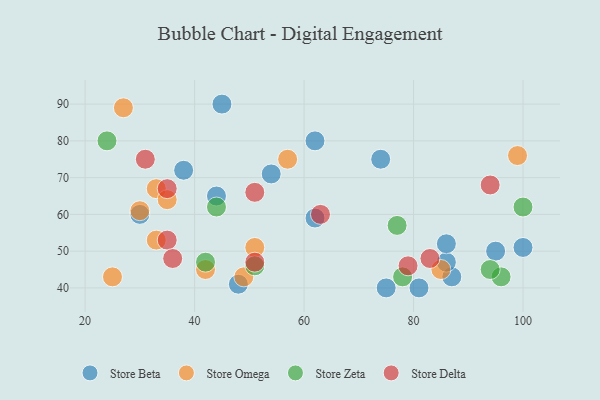
{"axis": {"x": "GDP", "y": "Life Expectancy"}, "legend": ["Store Beta", "Store Delta", "Store Omega", "Store Zeta"], "data": [{"x": "62", "y": 59, "type": "Store Beta"}, {"x": "45", "y": 90, "type": "Store Beta"}, {"x": "87", "y": 43, "type": "Store Beta"}, {"x": "100", "y": 51, "type": "Store Beta"}, {"x": "30", "y": 60, "type": "Store Beta"}, {"x": "75", "y": 40, "type": "Store Beta"}, {"x": "48", "y": 41, "type": "Store Beta"}, {"x": "74", "y": 75, "type": "Store Beta"}, {"x": "44", "y": 65, "type": "Store Beta"}, {"x": "38", "y": 72, "type": "Store Beta"}, {"x": "86", "y": 47, "type": "Store Beta"}, {"x": "54", "y": 71, "type": "Store Beta"}, {"x": "81", "y": 40, "type": "Store Beta"}, {"x": "62", "y": 80, "type": "Store Beta"}, {"x": "95", "y": 50, "type": "Store Beta"}, {"x": "86", "y": 52, "type": "Store Beta"}, {"x": "33", "y": 53, "type": "Store Omega"}, {"x": "85", "y": 45, "type": "Store Omega"}, {"x": "33", "y": 67, "type": "Store Omega"}, {"x": "25", "y": 43, "type": "Store Omega"}, {"x": "27", "y": 89, "type": "Store Omega"}, {"x": "35", "y": 64, "type": "Store Omega"}, {"x": "51", "y": 51, "type": "Store Omega"}, {"x": "99", "y": 76, "type": "Store Omega"}, {"x": "57", "y": 75, "type": "Store Omega"}, {"x": "49", "y": 43, "type": "Store Omega"}, {"x": "42", "y": 45, "type": "Store Omega"}, {"x": "30", "y": 61, "type": "Store Omega"}, {"x": "78", "y": 43, "type": "Store Zeta"}, {"x": "100", "y": 62, "type": "Store Zeta"}, {"x": "42", "y": 47, "type": "Store Zeta"}, {"x": "96", "y": 43, "type": "Store Zeta"}, {"x": "77", "y": 57, "type": "Store Zeta"}, {"x": "51", "y": 46, "type": "Store Zeta"}, {"x": "94", "y": 45, "type": "Store Zeta"}, {"x": "44", "y": 62, "type": "Store Zeta"}, {"x": "24", "y": 80, "type": "Store Zeta"}, {"x": "51", "y": 66, "type": "Store Delta"}, {"x": "63", "y": 60, "type": "Store Delta"}, {"x": "31", "y": 75, "type": "Store Delta"}, {"x": "35", "y": 53, "type": "Store Delta"}, {"x": "83", "y": 48, "type": "Store Delta"}, {"x": "79", "y": 46, "type": "Store Delta"}, {"x": "94", "y": 68, "type": "Store Delta"}, {"x": "51", "y": 47, "type": "Store Delta"}, {"x": "36", "y": 48, "type": "Store Delta"}, {"x": "35", "y": 67, "type": "Store Delta"}]}